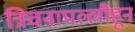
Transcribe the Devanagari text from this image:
त्रिचनापल्लीहून